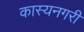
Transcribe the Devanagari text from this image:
कास्यनगरी